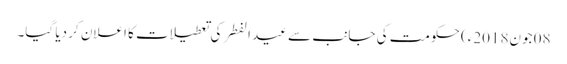
08 جون2018ء) حکومت کی جانب سے عید الفطر کی تعطیلات کا اعلان کر دیا گیا۔